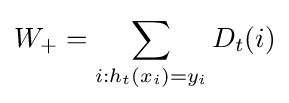
W_{+}=\sum _{i:h_{t}(x_{i})=y_{i}}D_{t}(i)